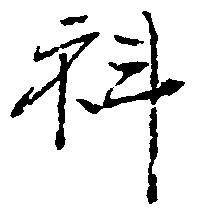
科